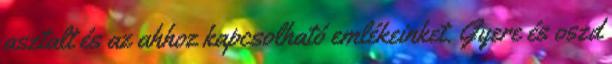
asztalt és az ahhoz kapcsolható emlékeinket. Gyere és oszd